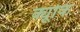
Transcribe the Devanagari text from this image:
क्यूकि